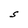
Character: S